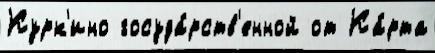
Курк'ино госуда́рств'енной от Ка́рта